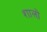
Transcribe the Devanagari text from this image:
शालो